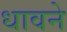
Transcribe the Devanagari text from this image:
धावने